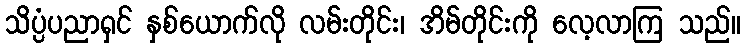
သိပ္ပံပညာရှင် နှစ်ယောက်လို လမ်းတိုင်း၊ အိမ်တိုင်းကို လေ့လာကြ သည်။